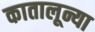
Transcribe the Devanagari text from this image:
कातालून्या